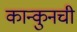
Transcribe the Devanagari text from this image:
कान्कुनची